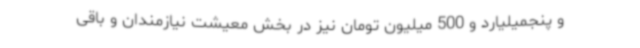
و پنجمیلیارد و 500 میلیون تومان نیز در بخش معیشت نیازمندان و باقی